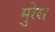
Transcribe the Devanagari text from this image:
मुरेस